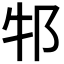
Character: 𬩶